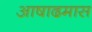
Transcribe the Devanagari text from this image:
आषाढमास